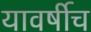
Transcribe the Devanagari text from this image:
यावर्षीच